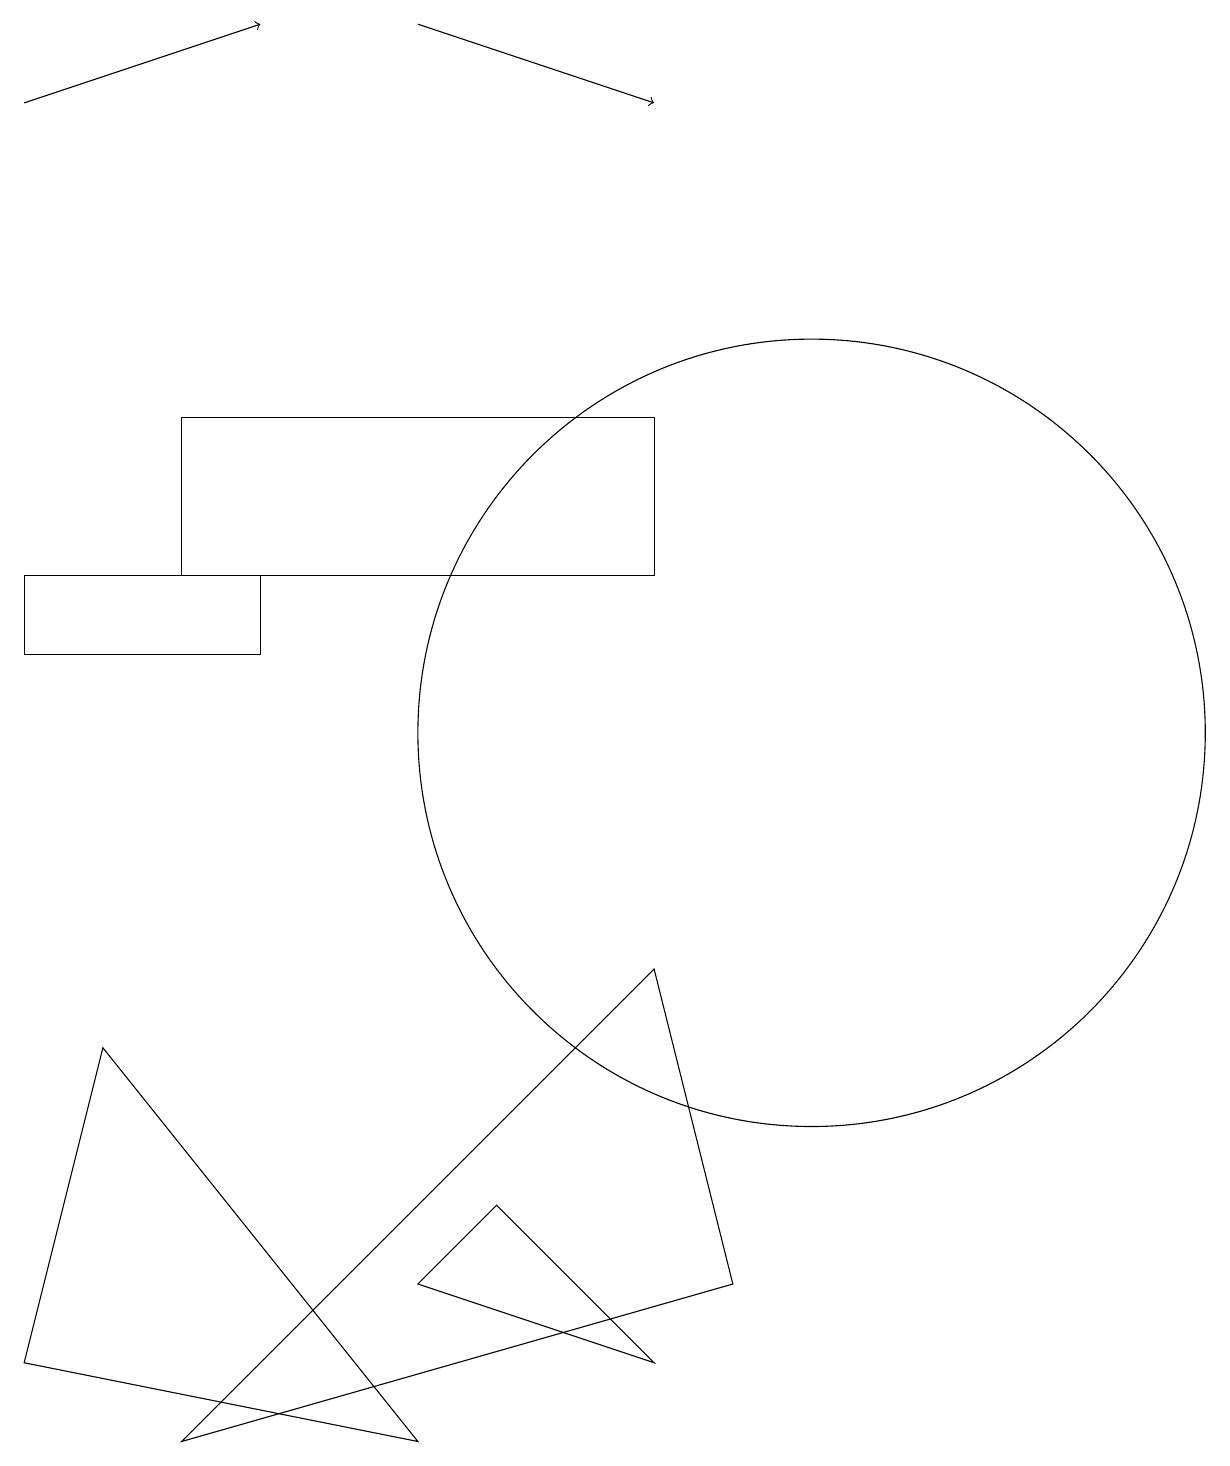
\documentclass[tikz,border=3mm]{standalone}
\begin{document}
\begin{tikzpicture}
\draw (2,12) rectangle (8,14);
\draw[->] (5,19) -- (8,18);
\draw (5,3) -- (8,2) -- (6,4) -- cycle;
\draw (0,11) rectangle (3,12);
\draw (1,6) -- (0,2) -- (5,1) -- cycle;
\draw (10,10) circle (5);
\draw (2,1) -- (9,3) -- (8,7) -- cycle;
\draw[->] (0,18) -- (3,19);
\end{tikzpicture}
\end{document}